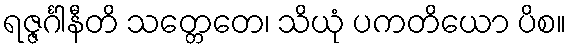
ရဇ္ဇင်္ဂါနီတိ သတ္တေတေ၊ သိယုံ ပကတိယော ပိစ။